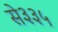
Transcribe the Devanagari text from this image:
से३३५